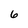
Character: 6